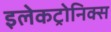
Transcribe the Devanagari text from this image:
इलेकट्रोनिक्स